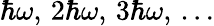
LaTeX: \hbar\omega,\, 2\hbar\omega,\, 3\hbar\omega,\, \ldots